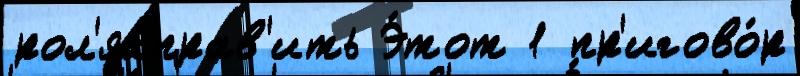
рол'яхправ'ить Э́тот 1 пр'игово́р